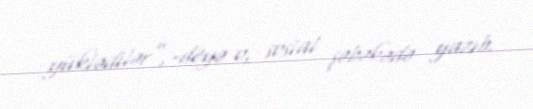
yüklədilər”,-deyə o, sosial şəbəkədə yazıb.